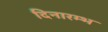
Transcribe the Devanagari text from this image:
दिनारम्भ